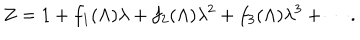
LaTeX: Z = 1 + f _ { 1 } ( \Lambda ) \lambda + f _ { 2 } ( \Lambda ) \lambda ^ { 2 } + f _ { 3 } ( \Lambda ) \lambda ^ { 3 } + \cdots .